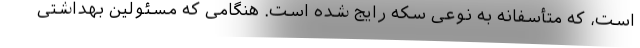
است، که متأسفانه به نوعی سکه رایج شده است. هنگامی که مسئولین بهداشتی